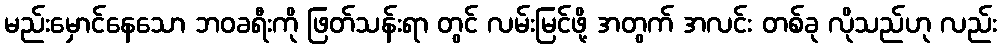
မည်းမှောင်နေသော ဘဝခရီးကို ဖြတ်သန်းရာ တွင် လမ်းမြင်ဖို့ အတွက် အလင်း တစ်ခု လိုသည်ဟု လည်း